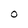
Character: O